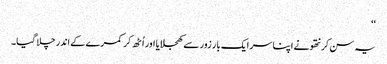
‘‘
یہ سن کر نتھو نے اپنا سر ایک بار زور سے کھجلایا اور اُٹھ کر کمرے کے اندر چلا گیا۔